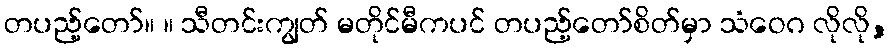
တပည့်တော်။ ။ သီတင်းကျွတ် မတိုင်မီကပင် တပည့်တော်စိတ်မှာ သံဝေဂ လိုလို,